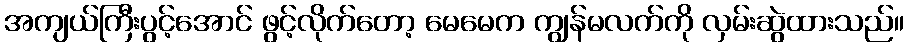
အကျယ်ကြီးပွင့်အောင် ဖွင့်လိုက်တော့ မေမေက ကျွန်မလက်ကို လှမ်းဆွဲထားသည်။